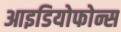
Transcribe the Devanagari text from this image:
आइडियोफोन्स